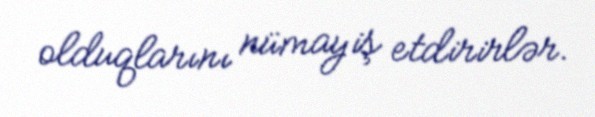
olduqlarını nümayiş etdirirlər.